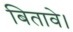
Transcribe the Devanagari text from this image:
बितावे।